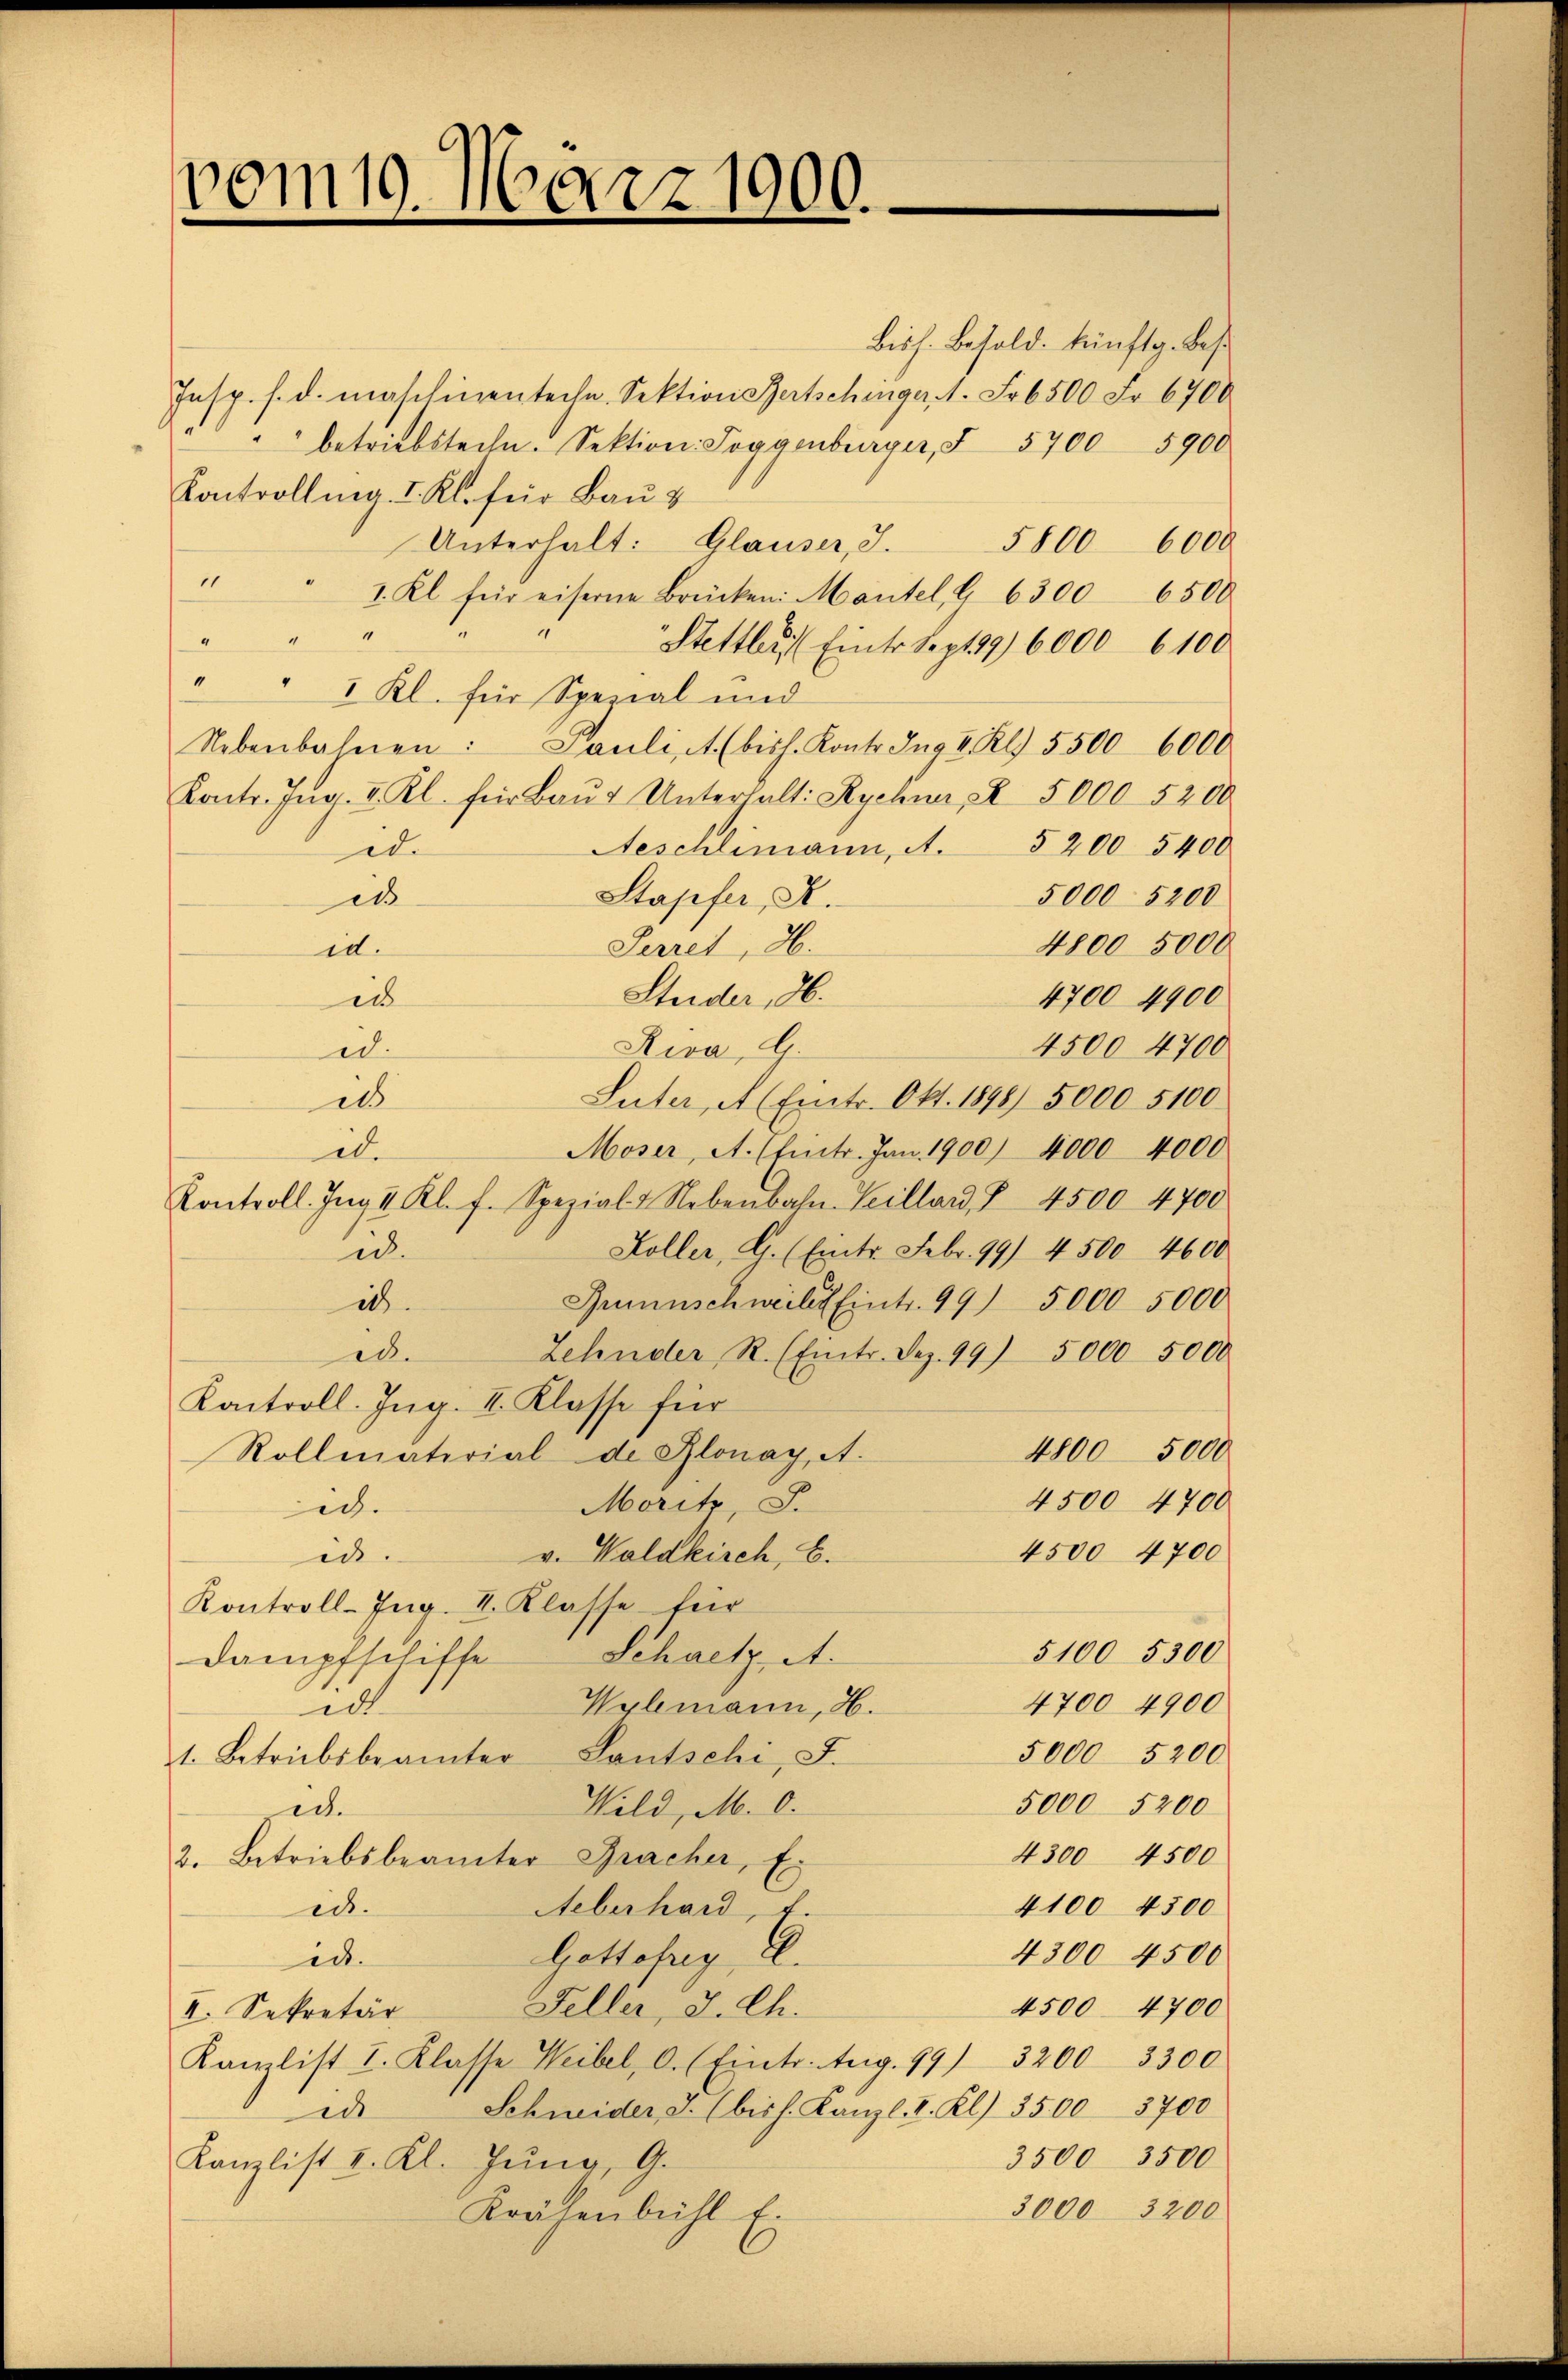
vom 19. März 1900.
e

Insp. s. d. maschinen techn. Sektion Bertschinger, 1. Fr. 6500 Fr. 6700
" betriebstechn. Sektion Toggenburger, § 5700 5900
Kontrolling. I. Kl. für Bau &
Unterhalt: Glauser, S. 5800 6000
1
1. Kl. für eiserne Brücken: Mantel, G 6300 6500
“
“
4
“
Stettler Einter Sept 89 6000 6100
" " 1 Kl. für Special und
Nebenbahnen: Pauli, A. (bish. Kontr. Ing 4. Kl. 5500 6000
Kontr. Ing. I. Kl. für Baŭt Unterhalt: Rychnr, X 5000. 5200
Aeschlimann, A. 5200 5400
id.
Stapfer, A.
5000 5200
i
4800 5000
Perret, H.
ed.
Stuider, 26.
4700 4900
e
4500 4700
Riva, l
ed.
Suter, A (Emtr. Okt. 1898 5000. 5100
in
Moser, A. (hinter. Jan. 1900) 4000 4000
ede
Kontroll. Ing II Kl. f. Spezial u. Nebenbahn-Scilland, § 4500 4700
Koller, G. (Emtr. Febr. 99) 4 500 4600
id.
Gruenschweilet Eintr. 99) 5000 5000
2.
Zehnder R. (Eintr. Dez. 99) 5000 5000
ed.
Kontroll. Ing. II. Klasse für
4800 5000
Rollmaterial de Glonay, A.
4500 4700
Moritz, S.
id.
v. Waldkirch, B.
4500 4700
ed.
Kontroll-Ing. I. Klasse für
5100 5300
Dampfschiffe Schaetz, A.
4700 4900
Wylemann, H.
ed
5000 5200
1. Betriebsbeamter Lantschi, F.
5000 5200
Wild, M. 0.
ede
4300 4500
2. Betriebsbeamter Bracher, E.
4100 4500
ed.
Aeberhard, u.
4300 4500
Gottefrig, E.
er.
Feller, J. Ch.
4500. 4700
II. Sekretär
Kanzlist I. Klasse Weibel, 0. (Eintr. Aug. 99) 3200 3300
Schneider I. (bis h. Kanzl. I. Kl. 3500 5700
ich
3500 3500
Kanzlist I. Kl. Jung, G.
3000 3200
Krähenbühl Ei

Bish. Besold. künftg. Bes¬